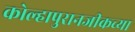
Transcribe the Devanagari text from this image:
कोल्हापुरानजीकच्या